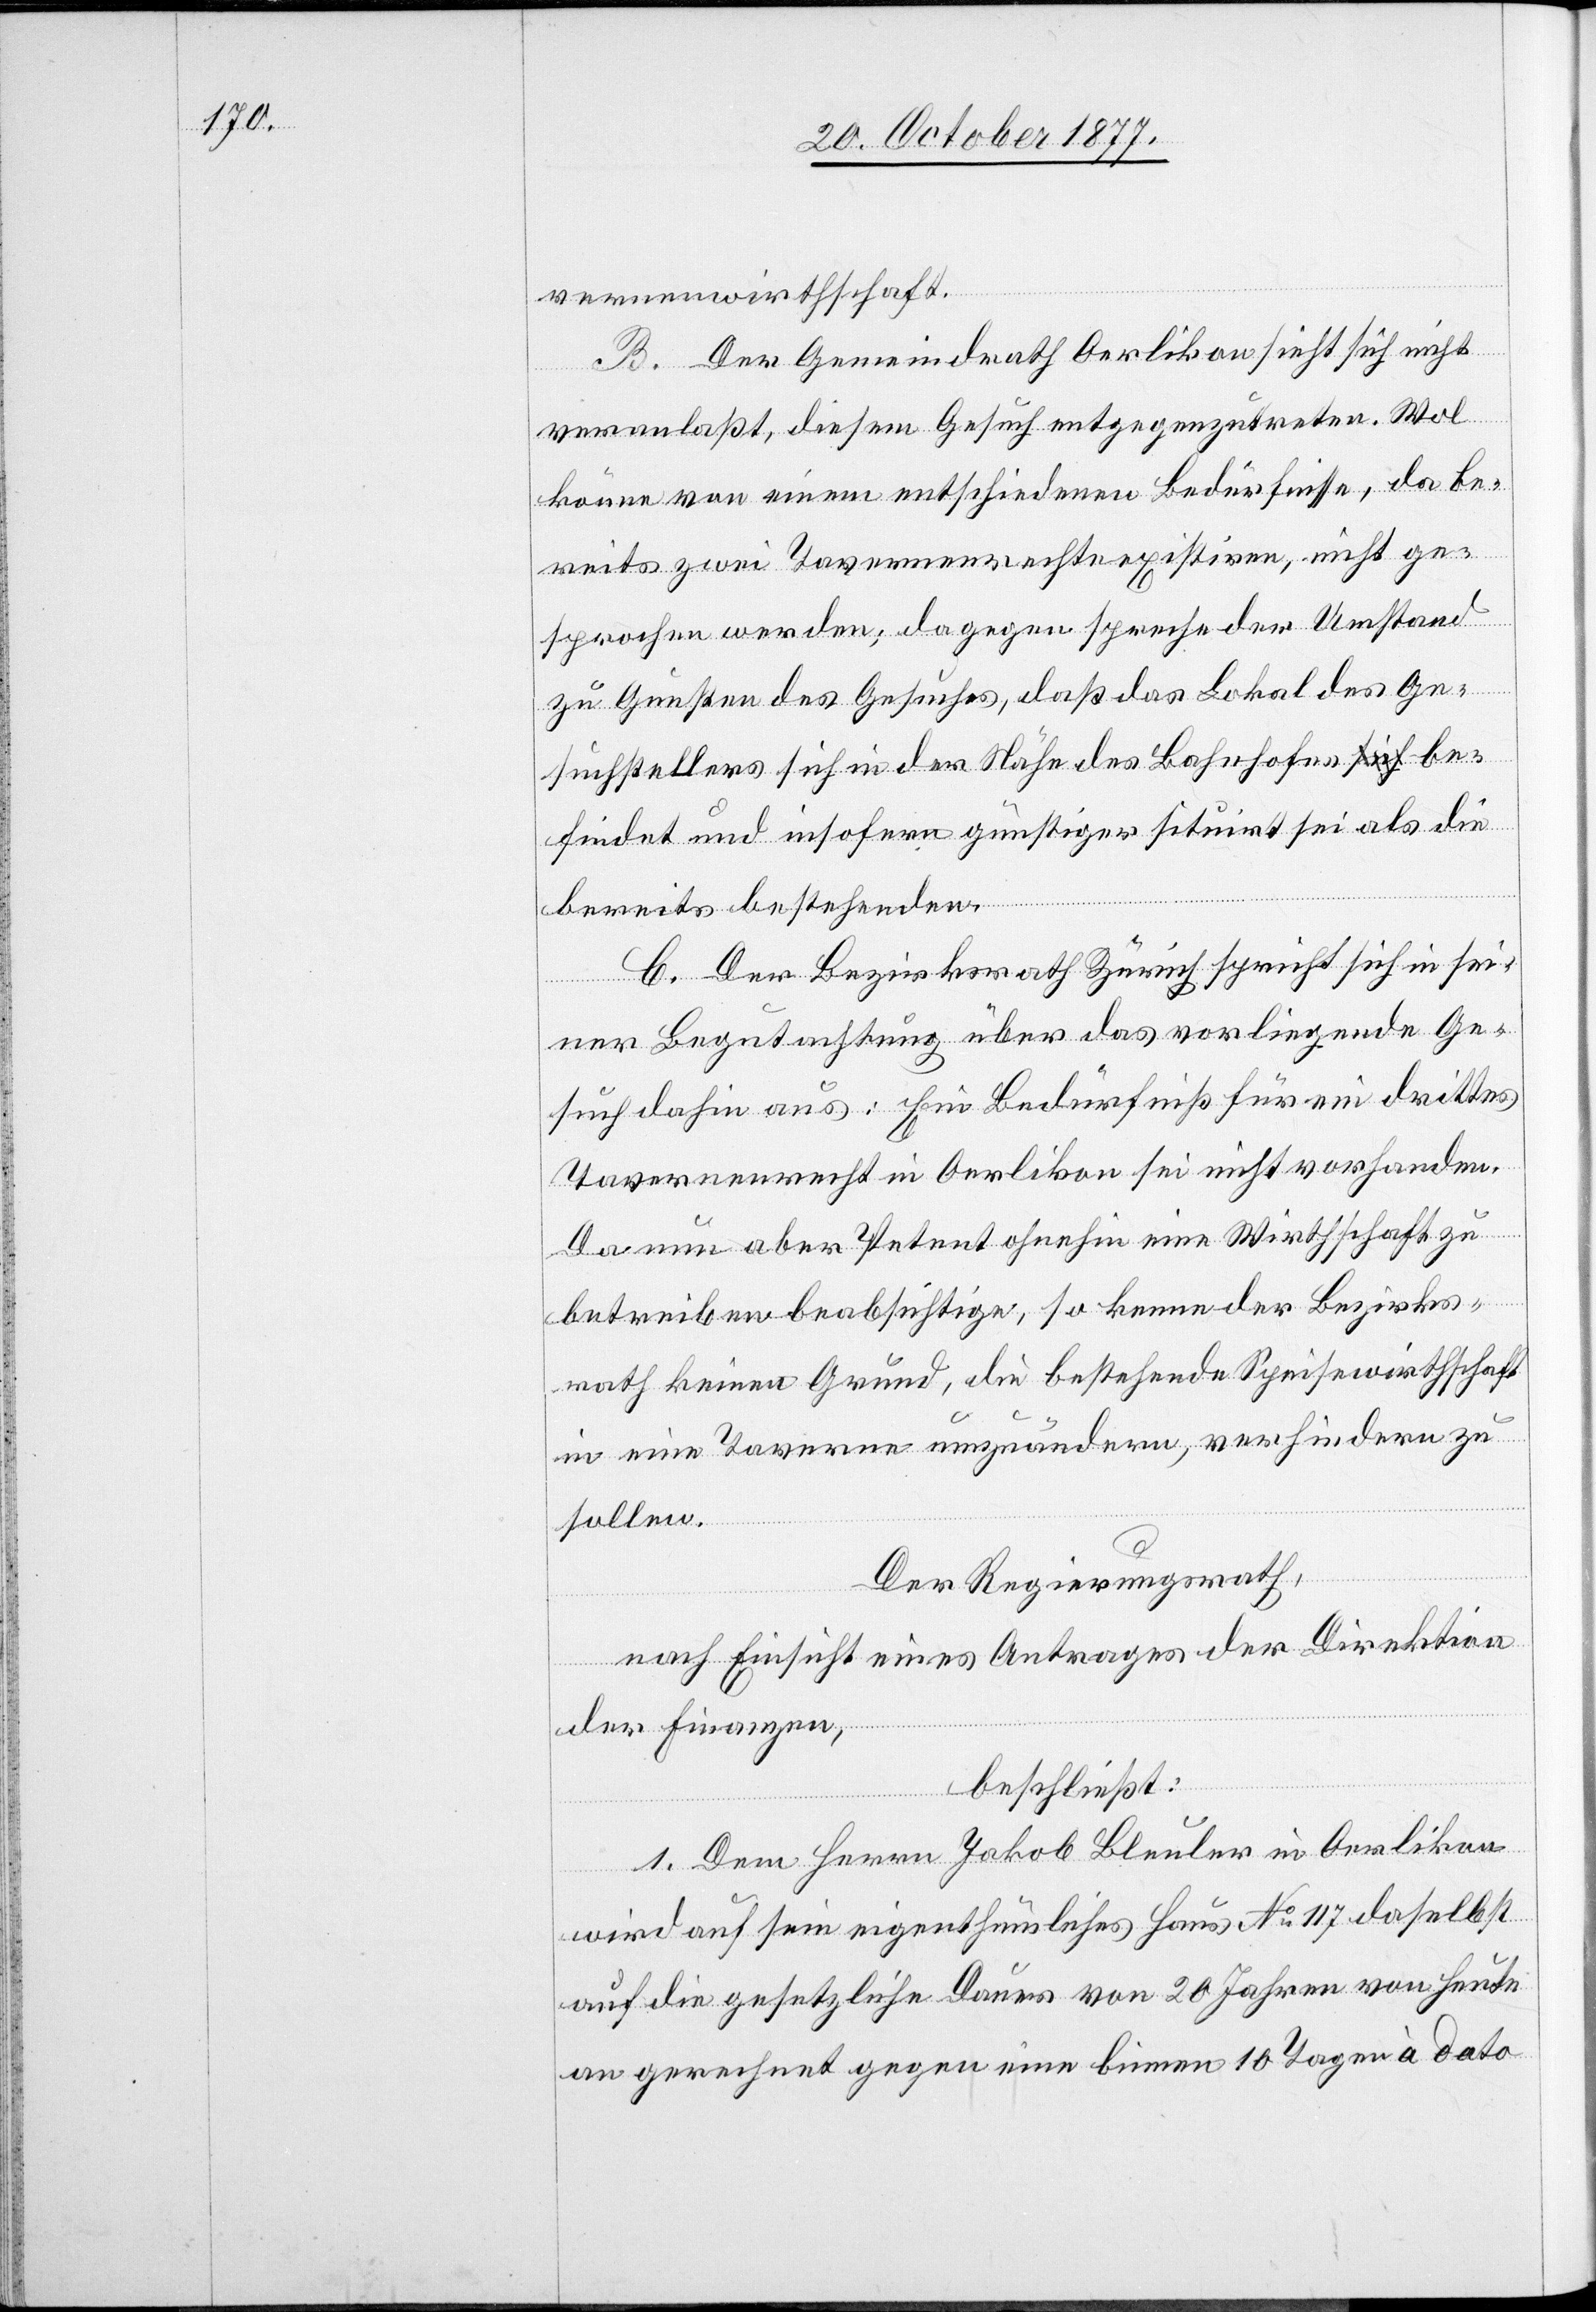
vernenwirthschaft.
B. Der Gemeindrath Oerlikon sieht sich nicht
veranlaßt, diesem Gesuch entgegenzutreten. Wol
könne von einem entschiedenen Bedürfnisse, da be¬
reits zwei Tavernenrechte existiren, nicht ge¬
sprochen werden; dagegen spreche der Umstand
zu Gunsten des Gesuches, daß das Lokal des Ge¬
suchstellers sich in der Nähe des Bahnhofes a-sich-a be¬
findet und insofern günstiger situirt sei als die
bereits bestehenden.
C. Der Bezirksrath Zürich spricht sich in sei¬
ner Begutachtung über das vorliegende Ge¬
such dahin aus: Ein Bedürfniß für ein drittes
Tavernenrecht in Oerlikon sei nicht vorhanden.
Da nun aber Petent ohnehin eine Wirthschaft zu
betreiben beabsichtige, so kenne der Bezirks¬
rath keinen Grund, die bestehende Speisewirthschaft
in eine Taverne umzuändern, verhindern zu
sollen.
Der Regierungsrath,
nach Einsicht eines Antrages der Direktion
der Finanzen,
beschließt:
1. Dem Herrn Jakob Bleuler in Oerlikon
wird auf sein eigenthümliches Haus No 117 daselbst
auf die gesetzliche Dauer von 20 Jahren von heute
an gerechnet gegen eine binnen 10 Tagen à dato